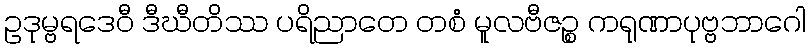
ဥဒုမ္ဗရဒေဝီ ဒီဃီတိဿ ပရိညာတေ တစံ မူလဗီဇဉ္စ ကရုဏာပုဗ္ဗဘာဂေါ